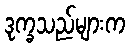
ဒုက္ခသည်များက